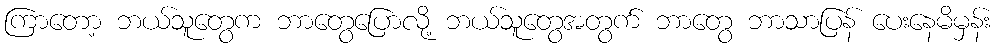
ကြာတော့ ဘယ်သူတွေက ဘာတွေပြောလို့ ဘယ်သူတွေအတွက် ဘာတွေ ဘာသာပြန် ပေးနေမိမှန်း